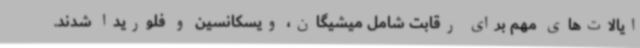
ایالات‌های مهم برای رقابت شامل میشیگان، ویسکانسین و فلوریدا شدند.